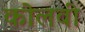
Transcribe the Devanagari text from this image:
कोलवी